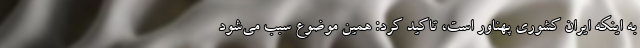
به اینکه ایران کشوری پهناور است، تاکید کرد: همین موضوع سبب می‌شود